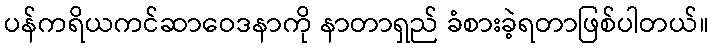
ပန်ကရိယကင်ဆာဝေဒနာကို နာတာရှည် ခံစားခဲ့ရတာဖြစ်ပါတယ်။